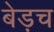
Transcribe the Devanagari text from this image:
बेड़च